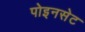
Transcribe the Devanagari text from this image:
पोइनसेट